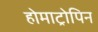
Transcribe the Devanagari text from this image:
होमाट्रोपिन